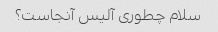
سلام چطوری آلیس آنجاست؟